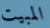
المبيت